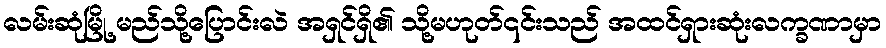
လမ်းဆုံမြို့ မည်သို့ပြောင်းလဲ အရှင်ရှိ၏ သို့မဟုတ်၎င်းသည် အထင်ရှားဆုံးလက္ခဏာမှာ